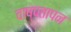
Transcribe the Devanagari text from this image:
वाष्पतापन